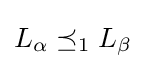
L_{\alpha }\preceq _{1}L_{\beta }